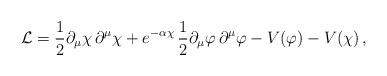
LaTeX: \begin{align*}{\cal L}=\frac{1}{2}\partial_\mu \chi\, \partial^\mu \chi + e^{-\alpha \chi} \,\frac{1}{2}\partial_\mu \varphi \,\partial^\mu \varphi -V(\varphi)-V(\chi)\, ,\end{align*}